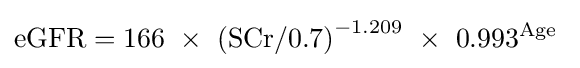
\mathrm {eGFR} =166\ \times \ \mathrm {(SCr/0.7)} ^{-1.209}\ \times \ 0.993^{\text{Age}}\